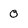
Character: 0